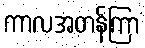
ကာလအတန်ကြာ